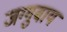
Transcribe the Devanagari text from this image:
जग्गुबाय